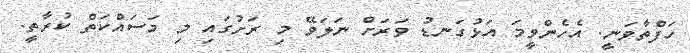
ހަފްތާވަނީ. އެހެންވީމަ އަޅުގަނޑު ވަރަށް ނަލަވޭ މި ރަށުގައި މި މަސައްކަތް ކުރާތީ.